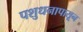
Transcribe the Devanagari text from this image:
पशुधनापासून